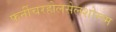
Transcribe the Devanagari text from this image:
फर्नीचरहोलसेलशोरूम